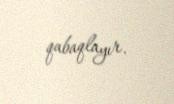
qabaqlayır.